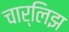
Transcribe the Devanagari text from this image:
चार्लिझ